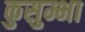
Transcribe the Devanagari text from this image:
कुसुम्भा